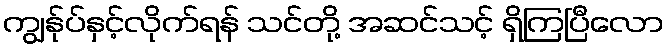
ကျွန်ုပ်နှင့်လိုက်ရန် သင်တို့ အဆင်သင့် ရှိကြပြီလော